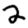
Digit: 2